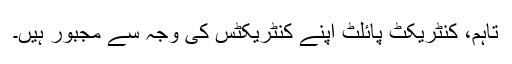
تاہم، کنٹریکٹ پائلٹ اپنے کنٹریکٹس کی وجہ سے مجبور ہیں۔